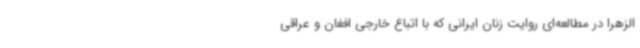
الزهرا در مطالعه‌ای روایت زنان ایرانی که با اتباع خارجی افغان و عراقی